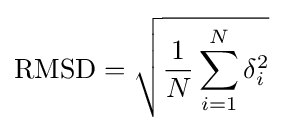
\mathrm {RMSD} ={\sqrt {{\frac {1}{N}}\sum _{i=1}^{N}\delta _{i}^{2}}}